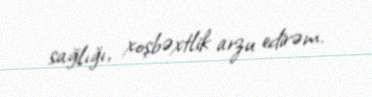
sağlığı, xoşbəxtlik arzu edirəm.